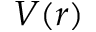
V ( r )